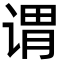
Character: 谓